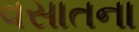
વસાતના